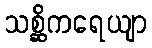
သစ္ဆိကရေယျာ